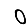
Digit: 0